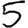
Digit: 5